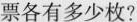
票各有多少枚?